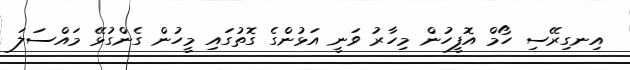
އިނގިރޭސި ހޯމް އޮފީހުން މިހާރު ވަނީ އަޅުންގެ ގޮތުގައި މީހުން ގެންގުޅޭ މައްސަލަ